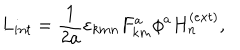
L _ { i n t } = \frac { 1 } { 2 a } \varepsilon _ { k m n } F _ { k m } ^ { a } \phi ^ { a } H _ { n } ^ { ( e x t ) } ,